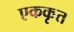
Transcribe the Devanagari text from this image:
एककृत